Trukikaitis_Postimees, lk 50
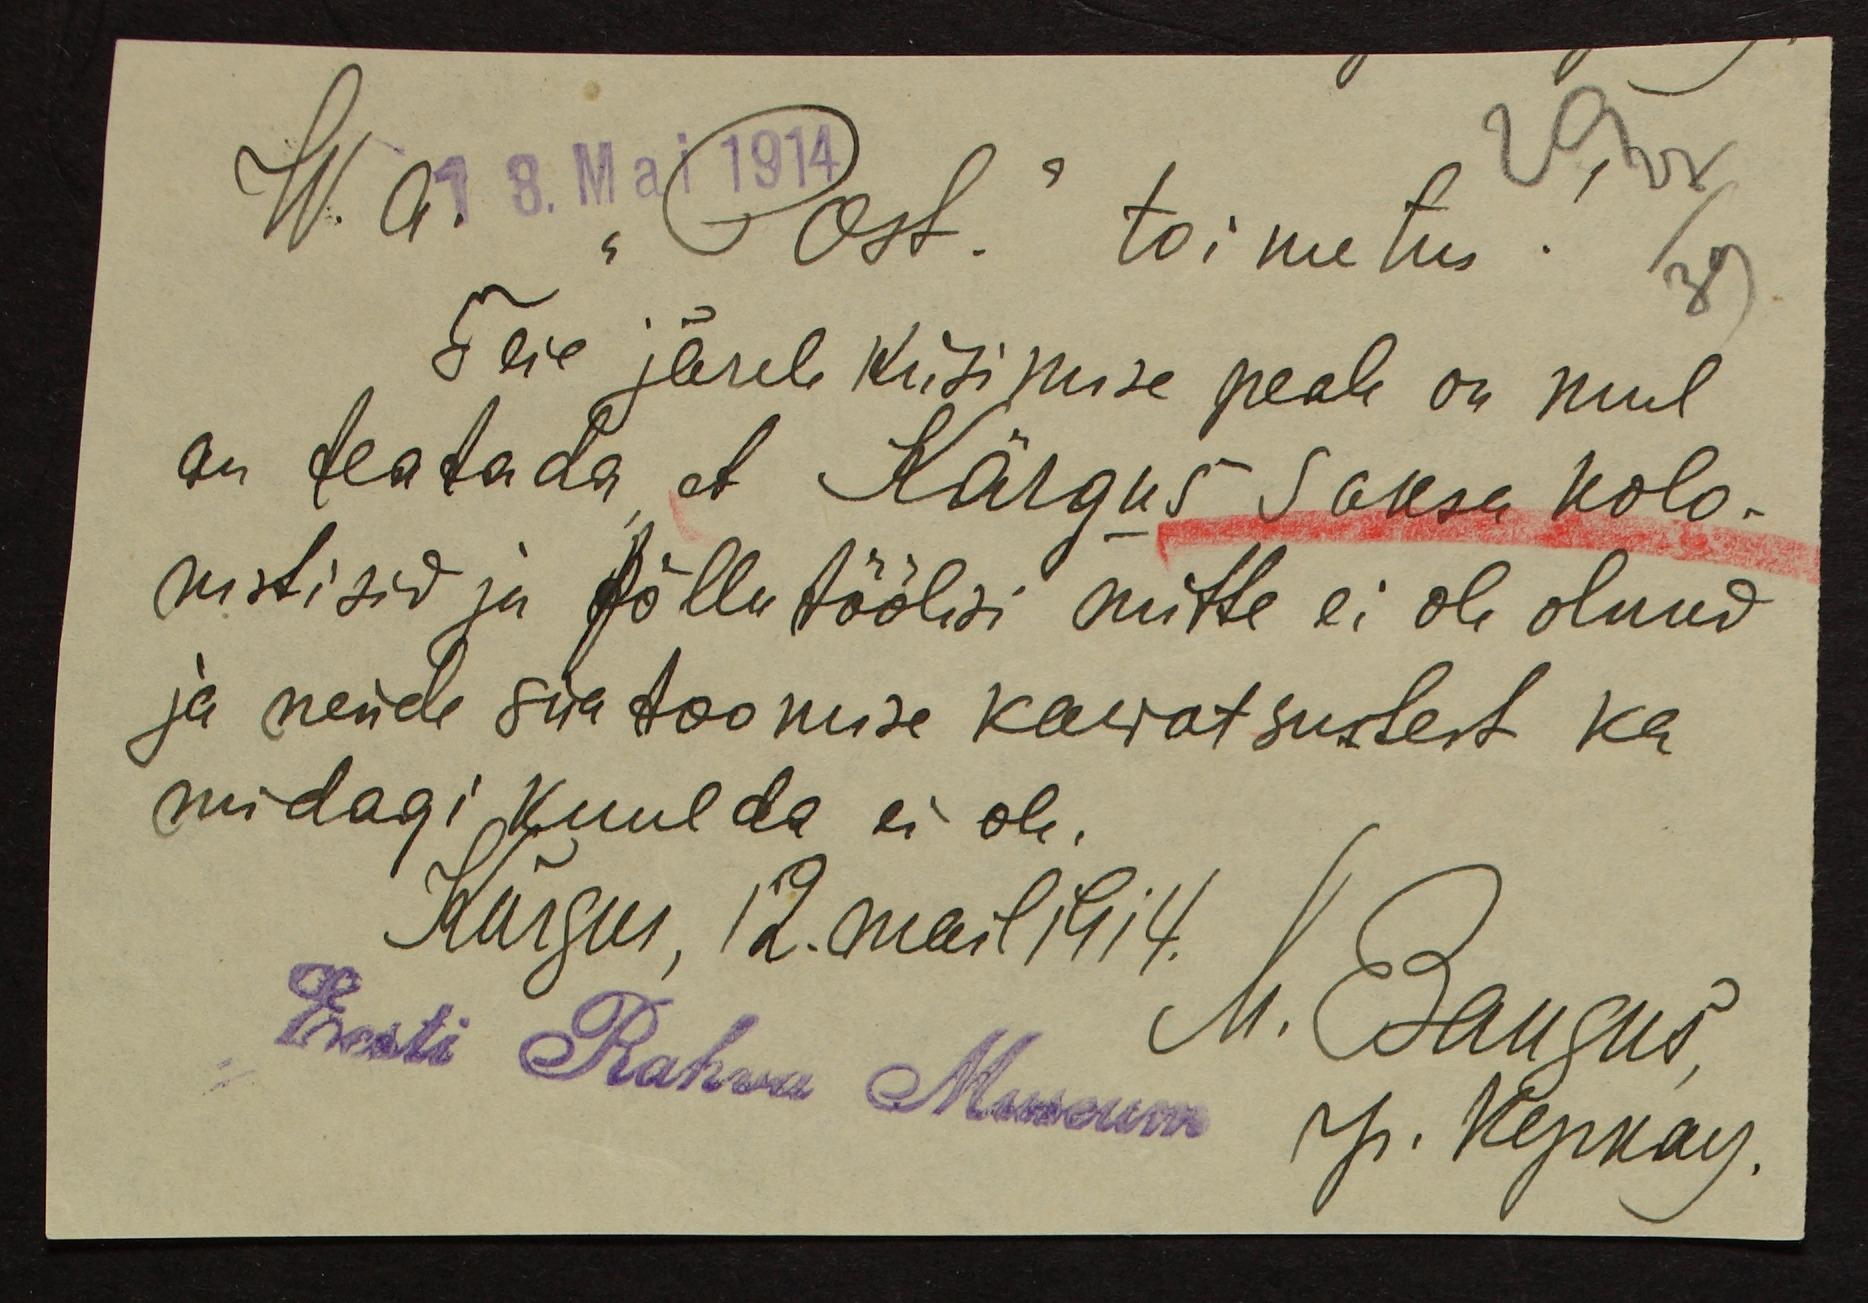
W. a.
18. Mai 1914
29 27
"Post." toimetus!
39.
Teie järele küsimise peale on mul
au teatada, et Kärgus Saksa kolo-
nistisid ja põllutöölisi mitte ei ole olnud
ja nende siiatoomise kawatsustest ka
midagi kuulda ei ole.
Kärgus, 12. mail 1914.
M. Baugus,
У. Керкау.
Eesti Rahva Museum